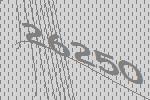
26250